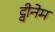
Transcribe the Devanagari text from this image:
ट्वीनेम